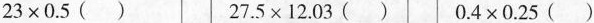
$$23\times 0.5()$$ $$27.5\times 12.03()$$ $$0.4\times 0.25（）$$